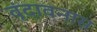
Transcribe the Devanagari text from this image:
वृंदावनास